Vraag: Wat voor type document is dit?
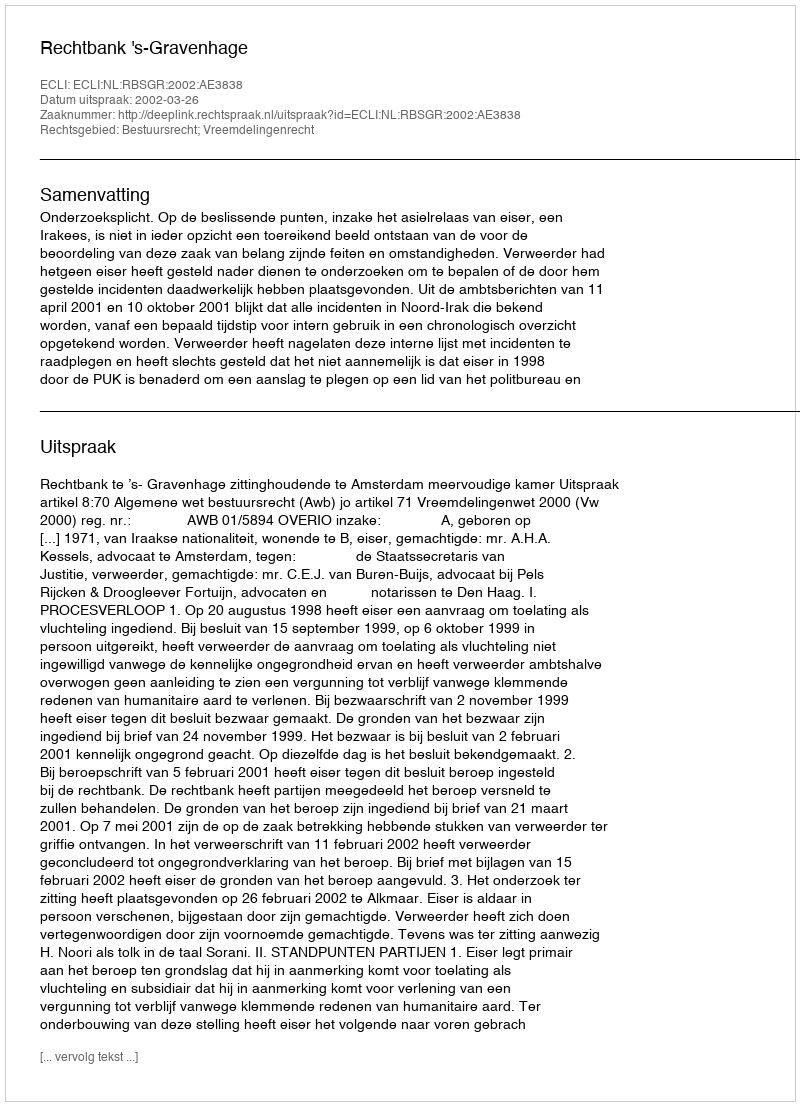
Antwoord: Uitspraak